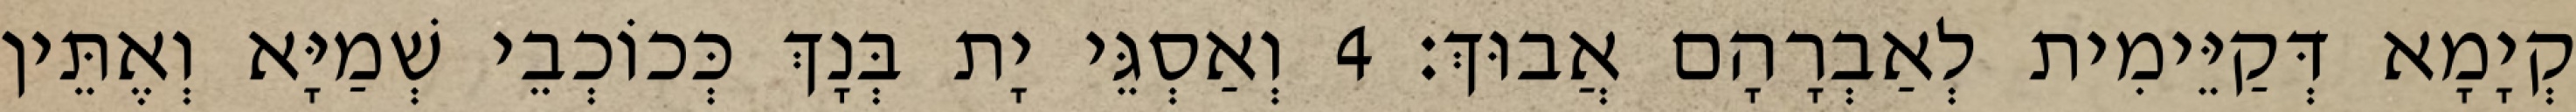
קְיָמָא דְּקַיֵּימִית לְאַבְרָהָם אֲבוּךְ׃ 4 וְאַסְגֵּי יָת בְּנָךְ כְּכוֹכְבֵי שְׁמַיָּא וְאֶתֵּין